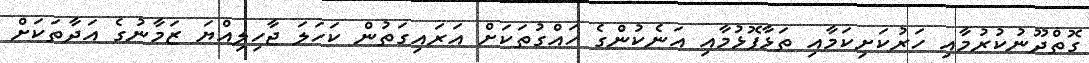
ގޮތްދޫނުކުރުމާއި ހަރުކަށިކަމާއި ތަޅާފޮޅުމާއި އަނެކުންގެ ހައްގުތަކަށް އަރައިގަތުން ކަހަލަ ޖާހިލިއްޔަ ޒަމާނުގެ އަދާތަކަށް